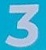
3